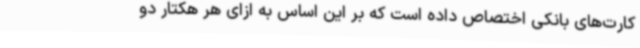
کارت‌های بانکی اختصاص داده است که بر این اساس به ازای هر هکتار دو